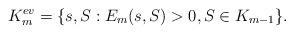
LaTeX: \begin{align*}K_m^{ev}=\{s,S: E_m(s,S)>0,S\in K_{m-1}\}.\end{align*}